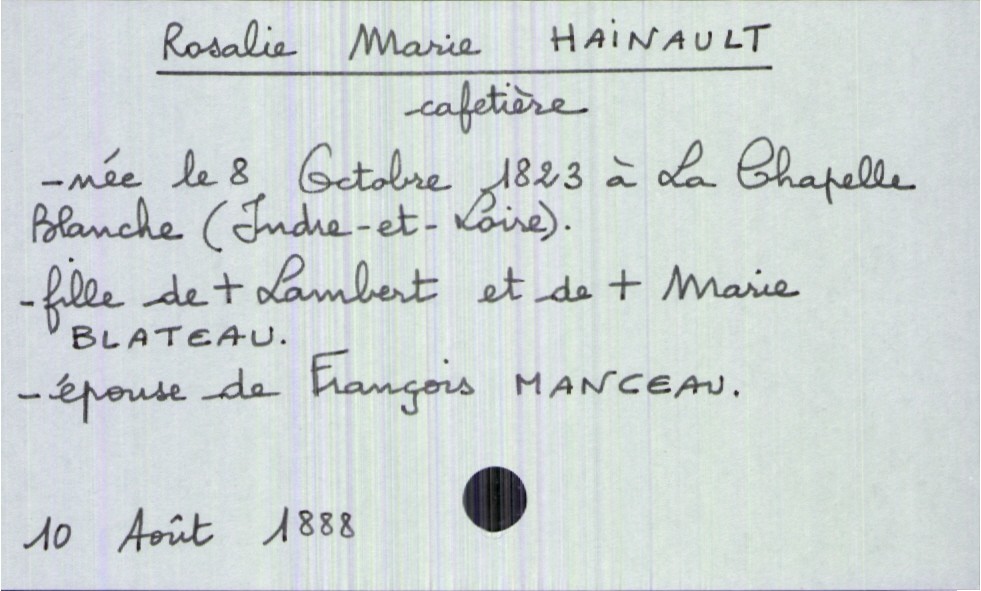
type_acte: Décès
année: 1888
mois: août
jour: 10
défunt_nom: Hainault
défunt_prénom: Rosalie Marie
défunt_profession: cafetière
défunt_date_de_naissance: 8 octobre 1823
défunt_lieu_de_naissance: La Chapelle Blanche (Indre-et-Loire)
défunt_statut: marié(e)
père_défunt_nom: Hainault
père_défunt_prénom: Lambert
père_défunt_statut: décédé
mère_défunt_nom: Blateau
mère_défunt_prénom: Marie
mère_défunt_statut: décédée